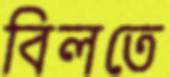
বিলতে